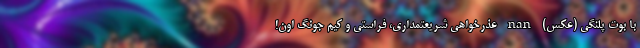
با بوت پلنگی (عکس) nan عذرخواهی شریعتمداری، فراستی و کیم جونگ اون!